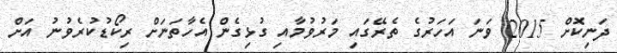
ދަނިކޮށް 2015 ވަނަ އަހަރުގެ ތެރޭގައި މަރުވުމާއި ގުޅިގެން އެހާތަނަށް ރިކޯޑުކުރެވުނު އަށް